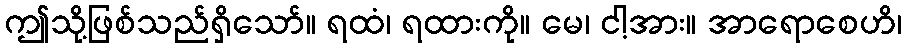
ဤသို့ဖြစ်သည်ရှိသော်။ ရထံ၊ ရထားကို။ မေ၊ ငါ့အား။ အာရောစေဟိ၊